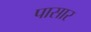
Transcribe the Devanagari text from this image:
पासार